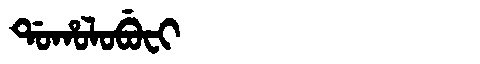
Manchu: ᡩᠣᡥᠣᠯᠣᠪᡠᠸᡳ
Romanization: DOHOLOBUFI